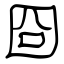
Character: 囧